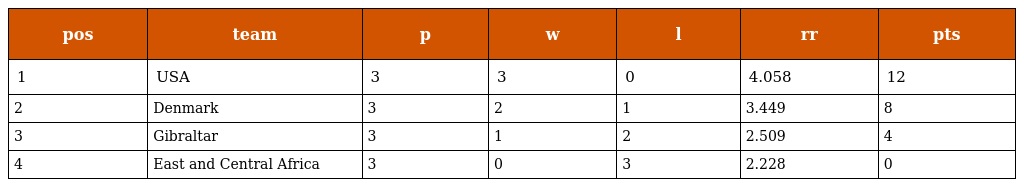
| pos | team | p | w | l | rr | pts |
 | --- | --- | --- | --- | --- | --- | --- |
 | 1 | USA | 3 | 3 | 0 | 4.058 | 12 |
 | 2 | Denmark | 3 | 2 | 1 | 3.449 | 8 |
 | 3 | Gibraltar | 3 | 1 | 2 | 2.509 | 4 |
 | 4 | East and Central Africa | 3 | 0 | 3 | 2.228 | 0 |